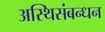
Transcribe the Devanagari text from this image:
अस्थिसंबन्धन